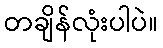
တချိန်လုံးပါပဲ။